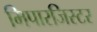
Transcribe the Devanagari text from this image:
मिपारजिस्टर